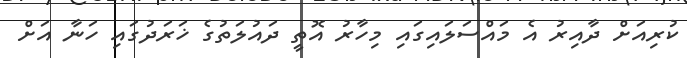
ކުރިއަށް ދާއިރު އެ މައްސަލައިގައި މިހާރު އޮތީ ދައުލަތުގެ ޚަރަދުގައި ހަނާ އަށް